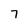
Character: 7